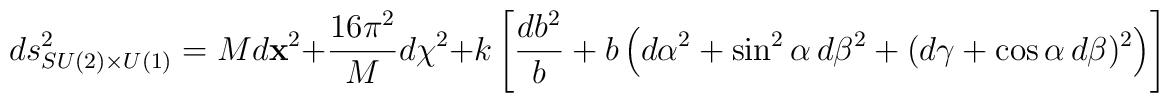
ds_{SU(2)\times U(1)}^2 = M d{\bf x}^2 +  {16\pi^2 \over M }d\chi^2 +        k \left[{ db^2 \over b}       + b \left( d\alpha^2 + \sin^2\alpha\, d\beta^2          + (d \gamma + \cos\alpha\, d\beta)^2 \right) \right]